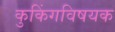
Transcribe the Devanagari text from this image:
कुकिंगविषयक